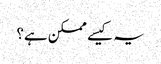
یہ کیسے ممکن ہے؟